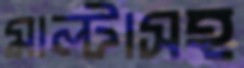
মাল্টাসহ